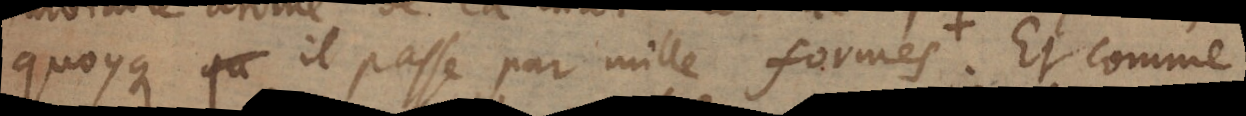
quoy qu’il passe par mille formes. Et comme